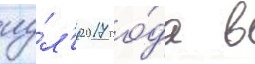
иу́л'я 2017 го́да в